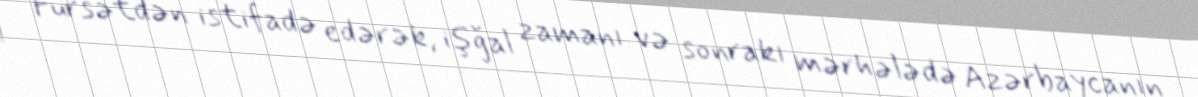
Fürsətdən istifadə edərək, işğal zamanı və sonrakı mərhələdə Azərbaycanın